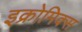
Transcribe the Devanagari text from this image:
इक्रोमिक्स